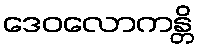
ဒေဝလောကန္တိ